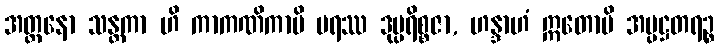
အတ္တနော သန္တကာ ဟိ ကာကဏိကာပိ ပရဿ ဒုပ္ပရိစ္စဇာ, ဟန္ဒာဟံ ဣတောပိ အပ္ပဋ္ဌတရဉ္စ